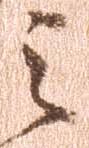
之